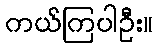
ကယ်ကြပါဦး။